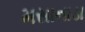
મસાનાડા